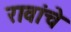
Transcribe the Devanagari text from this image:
रावांचे